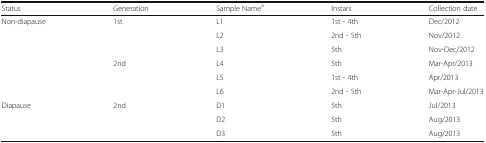
| Status | Generation | Sample Namea | Instars | Collection date |
 | --- | --- | --- | --- | --- |
 | <ROWSPAN=6> Non-diapause | <ROWSPAN=3> 1st | L1 | 1st - 4th | Dec/2012 |
 | L2 | 2nd - 5th | Nov/2012 |
 | L3 | 5th | Nov-Dec/2012 |
 | <ROWSPAN=3> 2nd | L4 | 5th | Mar-Apr/2013 |
 | L5 | 1st - 4th | Apr/2013 |
 | L6 | 2nd - 5th | Mar-Apr-Jul/2013 |
 | <ROWSPAN=3> Diapause | <ROWSPAN=3> 2nd | D1 | 5th | Jul/2013 |
 | D2 | 5th | Aug/2013 |
 | D3 | 5th | Aug/2013 |